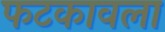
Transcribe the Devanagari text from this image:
फटकावला